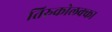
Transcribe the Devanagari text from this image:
तिरुकोलक्का